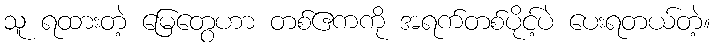
သူ ရထားတဲ့ မြေတွေဟာ တစ်ဧကကို အရက်တစ်ပိုင့်ပဲ ပေးရတယ်တဲ့။